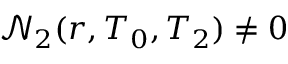
\mathscr { N } _ { 2 } ( r , T _ { 0 } , T _ { 2 } ) \neq 0